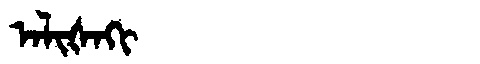
Manchu: ᠠᠯᡳᡧᠠᡴᡳ
Romanization: ALIŠAKI